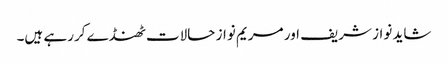
شاید نواز شریف اور مریم نواز حالات ٹھنڈے کررہے ہیں۔